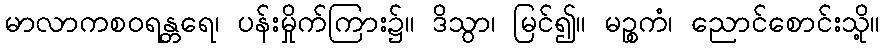
မာလာကစဝရန္တရေ၊ ပန်းမှိုက်ကြား၌။ ဒိသွာ၊ မြင်၍။ မဉ္စကံ၊ ညောင်စောင်းသို့။